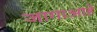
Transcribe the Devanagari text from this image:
जागाआहे